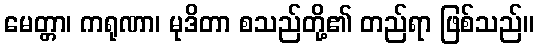
မေတ္တာ၊ ကရုဏာ၊ မုဒိတာ စသည်တို့၏ တည်ရာ ဖြစ်သည်။